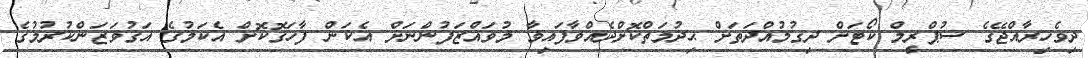
ދިވެހިރާއްޖޭގެ ސުޕްރީމް ކޯޓަށް ދިގުމުއްދަތަށް ޙިދުމަތްކޮށްދެއްވާފައިވާ މުވައްޒަފުންނަށް އެކަން ފާހަގޮކޮށް އެކަމުގެ އަގުވަޒަންކުރުމުގެ